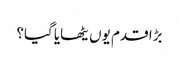
بڑا قدم یوں یٹھایا گیا؟